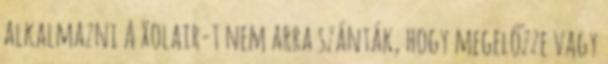
alkalmazni A Xolair-t nem arra szánták, hogy megelőzze vagy